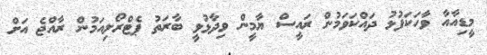
މީޑިއާއާ ވާހަކަފުޅު ދައްކަވަމުން ރައީސް ޔާމީން ވިދާޅުވީ ބާރަތު ޕެޓްރޯލިއަމުން ރާއްޖެ އަށް